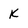
Character: K